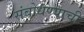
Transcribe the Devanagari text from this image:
संबोधण्याची